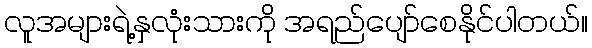
လူအများရဲ့နှလုံးသားကို အရည်ပျော်စေနိုင်ပါတယ်။